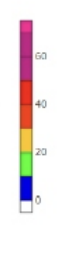
Blue: 0 to 10
Green: 10 to 20
Yellow: 20 to 30
Orange: 30 to 40
Red: 40 to 50
Magenta: 50 to 70
Pink: 70 to 75